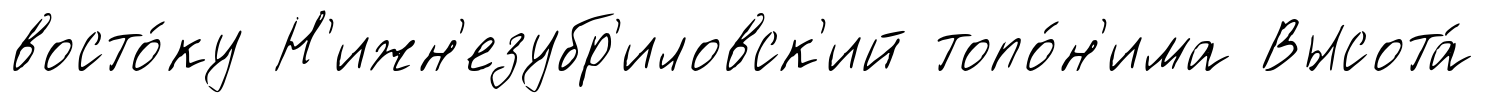
восто́ку Н'ижн'езубр'иловск'ий топо́н'има Высота́